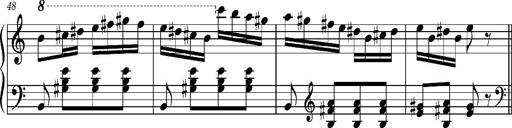
Title: Ungarischer Romanzero
Composer: Franz Liszt